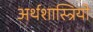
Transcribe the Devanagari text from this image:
अर्थशास्त्रियो